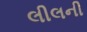
લીલની